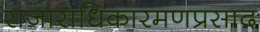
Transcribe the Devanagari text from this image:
राजाराधिकारमणप्रसाद